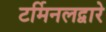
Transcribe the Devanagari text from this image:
टर्मिनलद्वारे